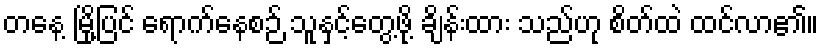
တနေ့ မြို့ပြင် ရောက်နေစဉ် သူနှင့်တွေ့ဖို့ ချိန်းထား သည်ဟု စိတ်ထဲ ထင်လာ၏။